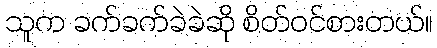
သူက ခက်ခက်ခဲခဲဆို စိတ်ဝင်စားတယ်။